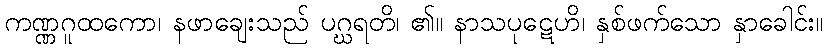
ကဏ္ဏဂူထကော၊ နဖာချေးသည် ပဂ္ဃရတိ၊ ၏။ နာသပုဋေဟိ၊ နှစ်ဖက်သော နှာခေါင်း။